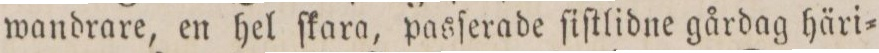
wandrare, en hel ſkara, pasſerade ſiſtlidne gårdag häri=